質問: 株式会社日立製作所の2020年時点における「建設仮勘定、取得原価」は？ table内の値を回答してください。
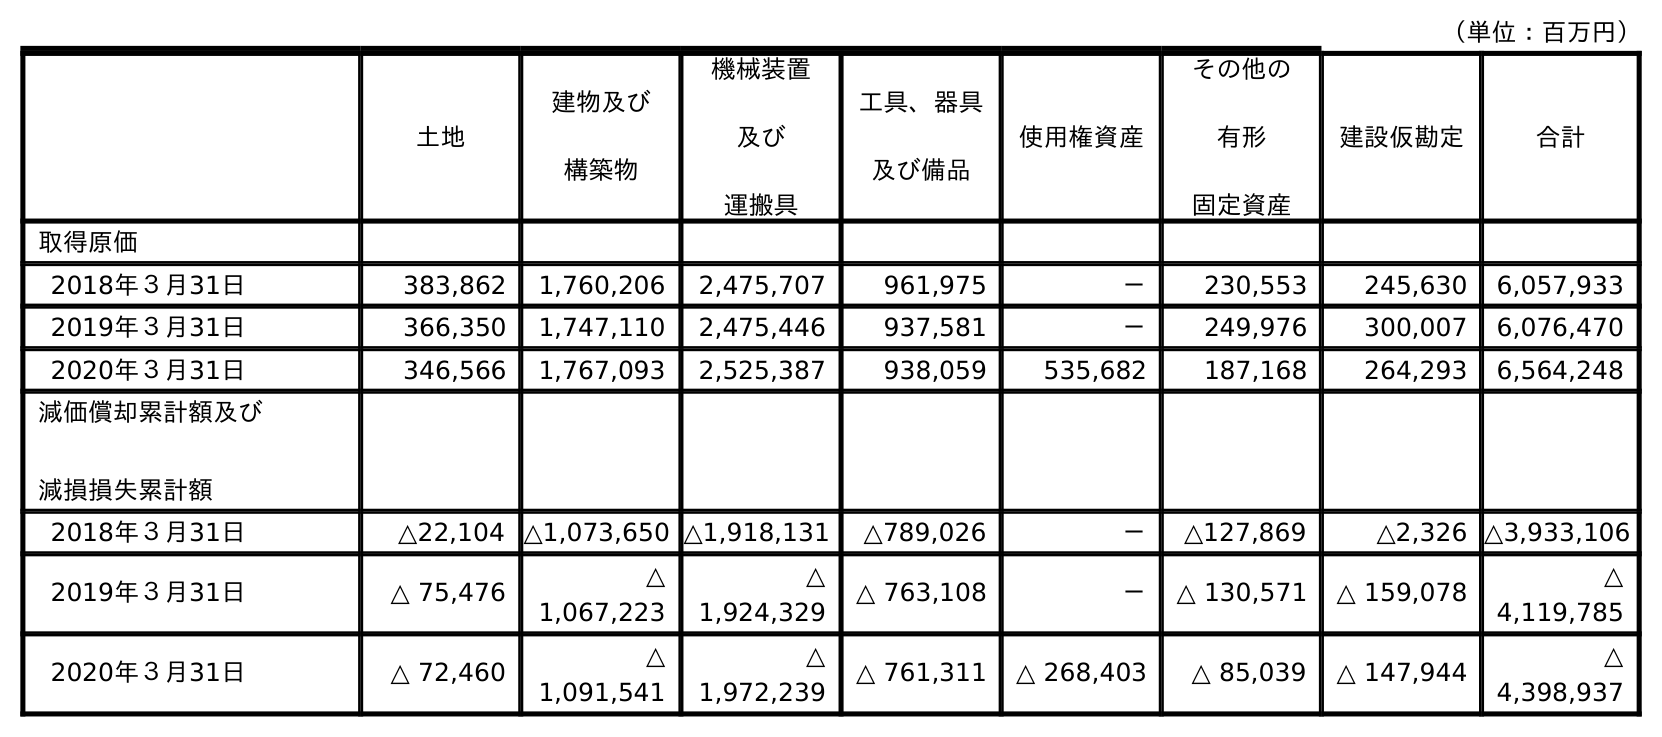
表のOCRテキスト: （単位：百万円） 土地 建物及び 構築物 機械装置 及び 運搬具 工具、器具 及び備品 使用権資産 その他の 有形 固定資産 建設仮勘定 合計 取得原価 2018年３月31日 383,862 1,760,206 2,475,707 961,975 － 230,553 245,630 6,057,933 2019年３月31日 366,350 1,747,110 2,475,446 937,581 － 249,976 300,007 6,076,470 2020年３月31日 346,566 1,767,093 2,525,387 938,059 535,682 187,168 264,293 6,564,248 減価償却累計額及び 減損損失累計額 2018年３月31日 △22,104 △1,073,650 △1,918,131 △789,026 － △127,869 △2,326 △3,933,106 2019年３月31日 △ 75,476 △ 1,067,223 △ 1,924,329 △ 763,108 － △ 130,571 △ 159,078 △ 4,119,785 2020年３月31日 △ 72,460 △ 1,091,541 △ 1,972,239 △ 761,311 △ 268,403 △ 85,039 △ 147,944 △ 4,398,937
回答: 264,293